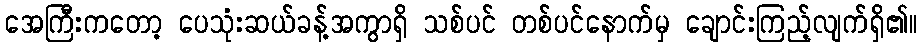
အေကြီးကတော့ ပေသုံးဆယ်ခန့်အကွာရှိ သစ်ပင် တစ်ပင်နောက်မှ ချောင်းကြည့်လျက်ရှိ၏။